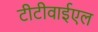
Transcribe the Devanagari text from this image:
टीटीवाईएल